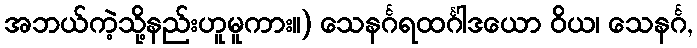
အဘယ်ကဲ့သို့နည်းဟူမူကား။) သေနင်္ဂရထင်္ဂါဒယော ဝိယ၊ သေနင်္ဂ,